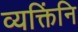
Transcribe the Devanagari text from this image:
व्यक्तिंनि